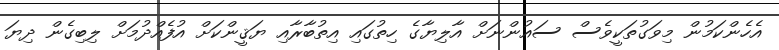
އެހެންކަމުން މިވަގުތަކީވެސް ސައުންނަށް އާލިޔާގެ ހިތުގައި އިތުބާރާއި ޔަޤީންކަށް އުފެއްދުމަށް ލިބިގެން ދިޔަ